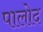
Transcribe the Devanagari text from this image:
पालोद